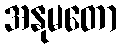
အနုမတော